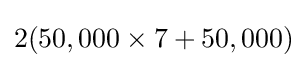
2(50,000\times 7+50,000)